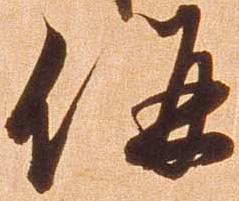
併